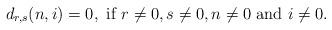
LaTeX: \begin{align*}d_{r,s}(n,i)=0,\mbox{ if }r\ne 0, s\ne 0,n\ne 0\mbox{ and }i\ne 0.\end{align*}